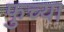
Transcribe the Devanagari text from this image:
फुच्या